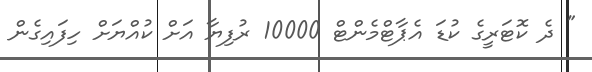
" ދެ ކޮޓަރީގެ ކުޑަ އެޕާޓްމެންޓް 10000 ރުފިޔާ އަށް ކުއްޔަށް ހިފައިގެން